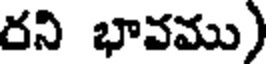
రని భావము)